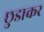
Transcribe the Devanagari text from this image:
छुडाकर